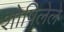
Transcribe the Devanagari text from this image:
शोषिलेले